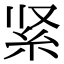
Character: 紧